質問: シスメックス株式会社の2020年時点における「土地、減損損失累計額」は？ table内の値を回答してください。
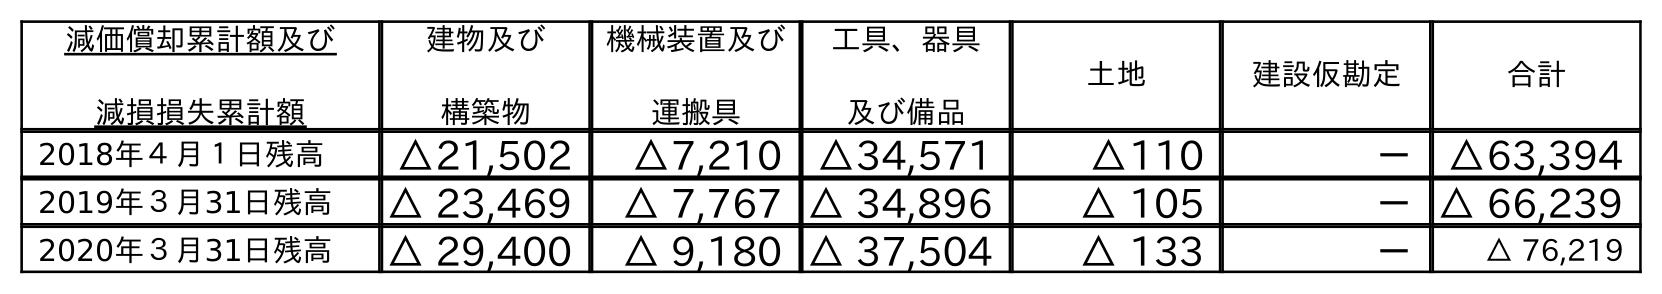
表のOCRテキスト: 減価償却累計額及び 減損損失累計額 建物及び 構築物 機械装置及び 運搬具 工具、器具 及び備品 土地 建設仮勘定 合計 2018年４月１日残高 △21,502 △7,210 △34,571 △110 － △63,394 2019年３月31日残高 △ 23,469 △ 7,767 △ 34,896 △ 105 －△ 66,239 2020年３月31日残高 △ 29,400 △ 9,180 △ 37,504 △ 133 － △ 76,219
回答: △133